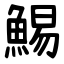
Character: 鯣